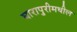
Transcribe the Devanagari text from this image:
घारापुरीमधील